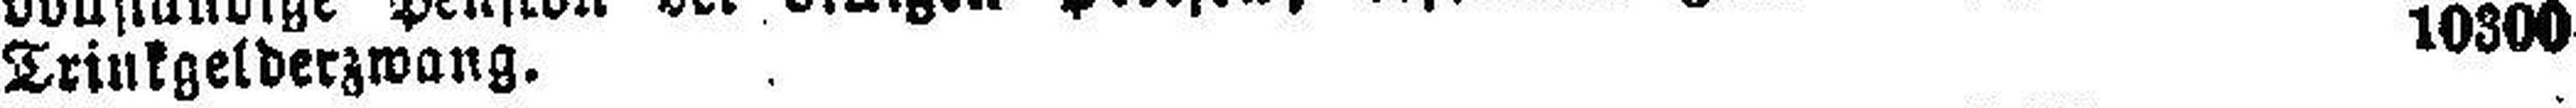
Trinkgelderzwang. 10300